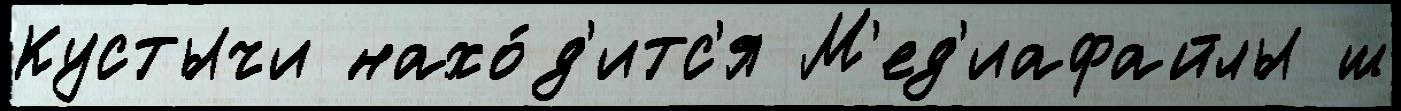
Кустычи нахо́д'итс'я М'ед'иафайлы ш